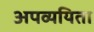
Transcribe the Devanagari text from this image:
अपव्ययिता